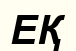
ЕҚ